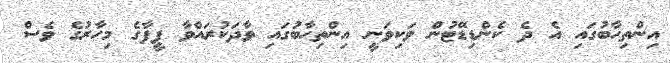
އިންތިހާބުގައި އެ ދެ ކެންޑިޑޭޓުން ވަކިވަނީ އިންތިހާބުގައި ވާދަކުރައްވާ ފީފާގެ މިހާރުގެ ވެސް